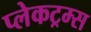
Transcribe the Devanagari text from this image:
प्लेकट्रम्स